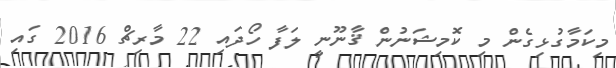
މިކަމާގުޅިގެން މި ކޮމިޝަނުން ޤާނޫނީ ލަފާ ހޯދައި 22 މާރިޗް 2016 ގައި